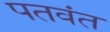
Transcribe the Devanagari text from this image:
पतवंत